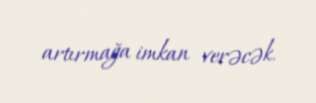
artırmağa imkan verəcək.